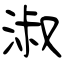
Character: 淑